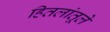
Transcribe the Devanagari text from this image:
हितलांतूले